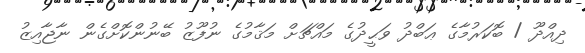
ދިއްދޫ / ބޮކަރުމާގެ ޢަބްދު ވަޙީދުގެ މައްޗަށް މަޤާމުގެ ނުފޫޒު ބޭނުންކޮށްގެން ނާޖާއިޒު